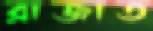
রাজাত